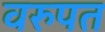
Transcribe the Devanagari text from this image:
वरुपत